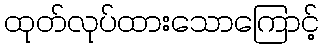
ထုတ်လုပ်ထားသောကြောင့်